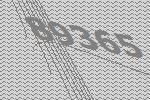
89365